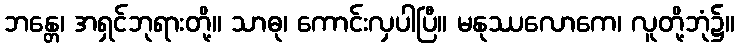
ဘန္တေ၊ အရှင်ဘုရားတို့။ သာဓု၊ ကောင်းလှပါပြီ။ မနုဿလောကေ၊ လူတို့ဘုံ၌။